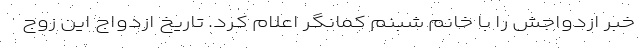
خبر ازدواجش را با خانم شبنم کمانگر اعلام کرد. تاریخ ازدواج این زوج